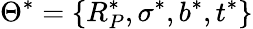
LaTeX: \Theta^{*}=\{ R_{P}^{*},\sigma^{*},b^{*},t^{*}\}